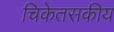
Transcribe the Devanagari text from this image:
चिकेतसकीय